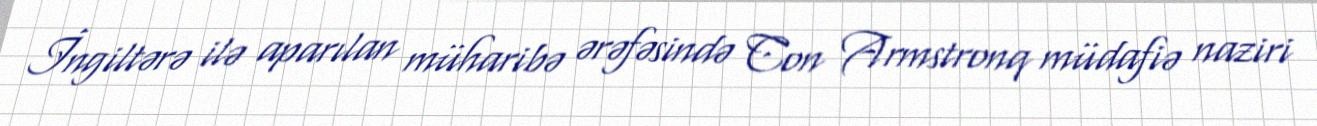
İngiltərə ilə aparılan müharibə ərəfəsində Con Armstronq müdafiə naziri